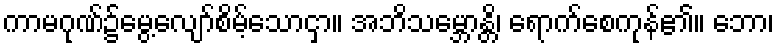
ကာမဂုဏ်၌မွေ့လျော်စိမ့်သောငှာ။ အဘိသမ္ဘောန္တိ၊ ရောက်စေကုန်၏။ ဘော၊